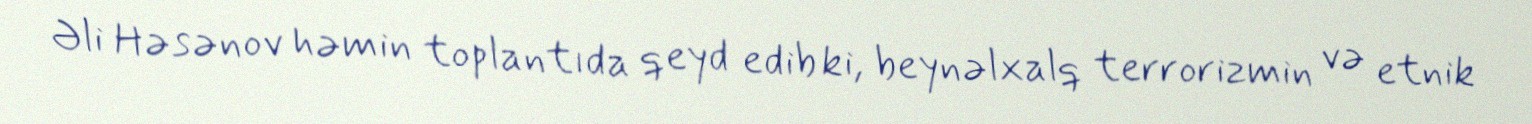
Əli Həsənov həmin toplantıda qeyd edib ki, beynəlxalq terrorizmin və etnik